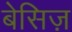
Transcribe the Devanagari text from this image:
बेसिज़